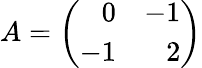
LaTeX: A=\left(\begin{array}{rr}{{0}}&{{-1}}\\ {{-1}}&{{2}}\end{array}\right)